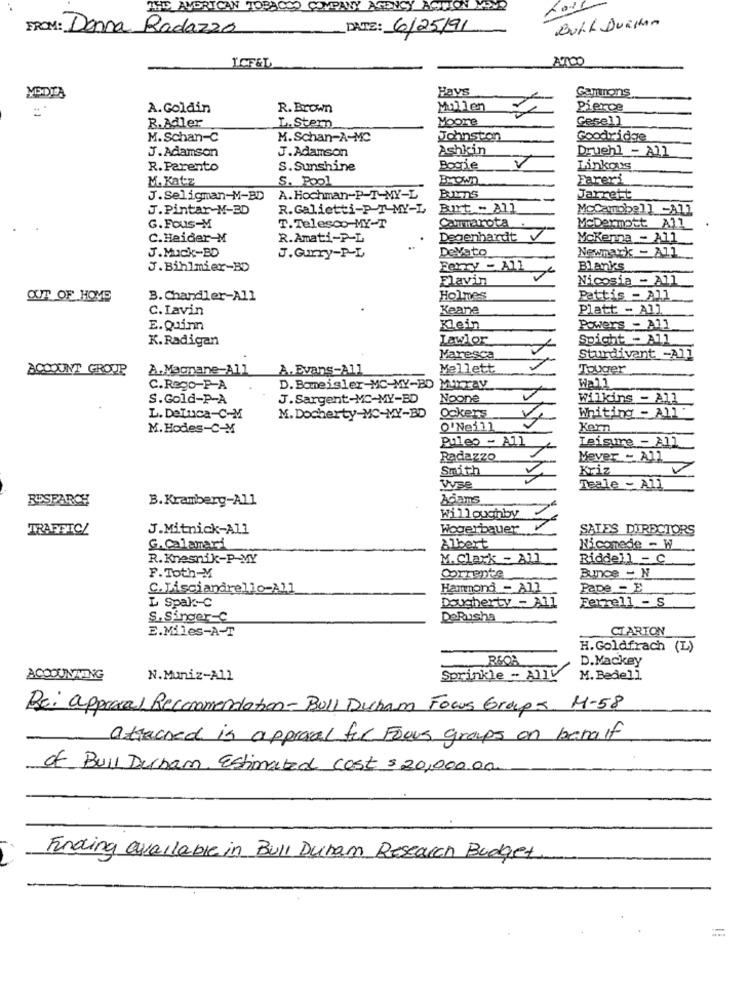
THE AMERICAN TOBA
DO COMPANY
Buff Duashan
FROM: Donna Radazzo
DATE: 6/25/91
ICFEL
Hays
Gammons
A.Goldin
R. Brown
Mullen
Pierce
R.Adler
Moore
Gesel]
L. Stem
M.Schan-C
M.Schan-A-MC
Johnston
Goodridge
J.Adamson
J.Adamson
Ashkin
Druphl - All
R. Parento
S.Sunshine
Bogie
Linkous
M. Katz
S. Pool
Fareri
J.Seligman-M-BD
A. Hochman-P-T-MY-L
BIS
Jarrett
J.Pintar-M-BD
R.Galietti-P T-MY-L
Buurt - All
MoCampbell -All
Cammarota
McDermott All
G.Fous-M
T.Telesco-MY-T
C.Heider-M
R.Amati-P-L
Degenhardt
Mckenna - A11
J.Muck-BD
DeVato
Newmark - A11
J.Gurry-P-L
J.Bihlmier-BD
Ferry - All
Blanks
Flavin
Nicosia - All
OUT OF HOME
B. Chandler-All
Holmes
Pattis - All
C. Lavin
Keane
Platt - All
E.Quinn
Klein
Powers - All
K.Radigan
Lawlor
Spight - A11
Maresca
Sturdivent -All
BOCOUNT GROUP
A.Macmane-All
A. Evans-All
Mellett
Touger
C.Rogo-P-A
D. Boneisler-MC-MY-BD Murray
Wall
S.Gold-P-A
J.Sargent-MC-MY-BD
Noone
Wilkins - All
Ockers
Whiting - All'
L. Deluca-C-M
M. Docherty-MC-MY-BD
M. Hodes-C-M
O'Neill
Kern
Puleo - All
Leisure - All
Radazzo
Mever - All
Smith
Kriz
V
Vse
Teale - All
BUSPARCH
B.Kramberg-All
Adams
Willoughby
TRAFINICZ
J.Mitnick-All
Wogerbauer
SALES DIRECTORS
G. Calamari
Albert
Niconede - W
R. Knesnik-P-MY
M. Clark - All
Riddell = C.
F.Toth-M
Corrente
BuInce - N
C. Lisciandrello-All
Hammond - All
Pave - E
L Spak :- C
Dougherty - All
Ferrell - S
S. Singer-C
DeRushs
E.Miles-A-T
CIARTON
H. Goldfrach (L)
REOA
D.Mackey
ACCOUNTING
N.Muniz-All
Sprinkle - AllV
M. Bedell
Bei approval Recomendation-Bull Duchama Focus Groups H-58
attached is approval fil Focus groups on behalf
of Bull Durham, Estimated cost $ 20,000.00.
Finding available in Bull Dunam Research Budget